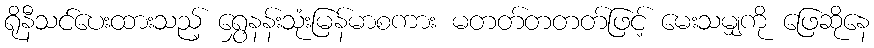
ရိုနီသင်ပေးထားသည့် ရွှေနန်းသုံးမြန်မာစကား မတတ်တတတ်ဖြင့် မေးသမျှကို ဖြေဆိုနေ